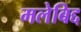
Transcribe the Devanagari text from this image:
मलेबिद्द